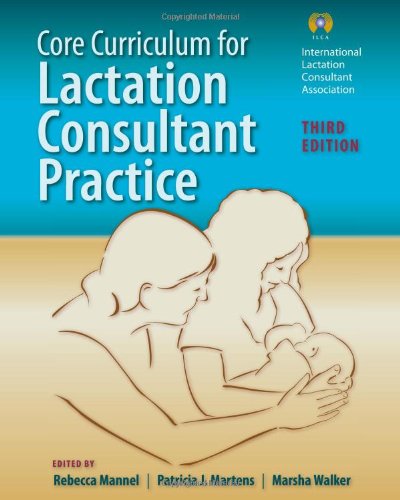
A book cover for Core Curriculum For Lactation Consultant Practice; International Lactation Consultant Association (ILCA); Medical Books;